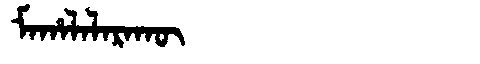
Manchu: ᠮᠠᡥᠠᠯᠠᠯᠠᡵᠠᡴᡡ
Romanization: MAHALALARAKŪ